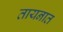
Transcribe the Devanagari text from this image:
तायनात